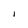
Character: I